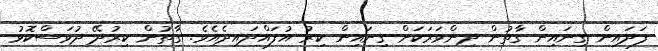
ފަދައިން ގިނައިން ގާތުން ދިންވަރަކަށް ގިނައިން ކިރު އުފައްދައިދެއެވެ. ގާތުން ކިރުދޭ ދުވަސްކޮޅު